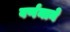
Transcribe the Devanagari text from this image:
वर्णनाने